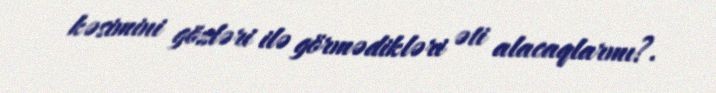
kəsimini gözləri ilə görmədikləri əti alacaqlarmı?.